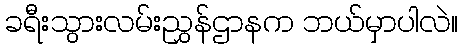
ခရီးသွားလမ်းညွှန်ဌာနက ဘယ်မှာပါလဲ။